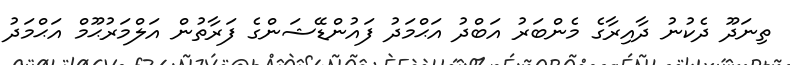
ތިނަދޫ ދެކުނު ދާއިރާގެ މެންބަރު އަބްދު އަޙްމަދު ފައުންޑޭޝަންގެ ފަރާތުން އަލްމަރުޙޫމް އަޙްމަދު